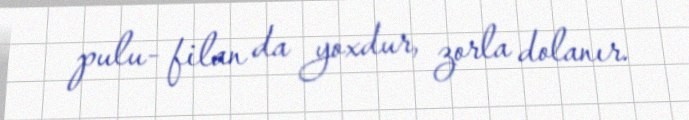
pulu- filan da yoxdur, zorla dolanır.